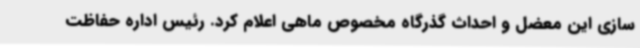
سازی این معضل و احداث گذرگاه مخصوص ماهی اعلام کرد. رئیس اداره حفاظت